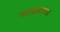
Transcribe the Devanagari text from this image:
फरादखानास